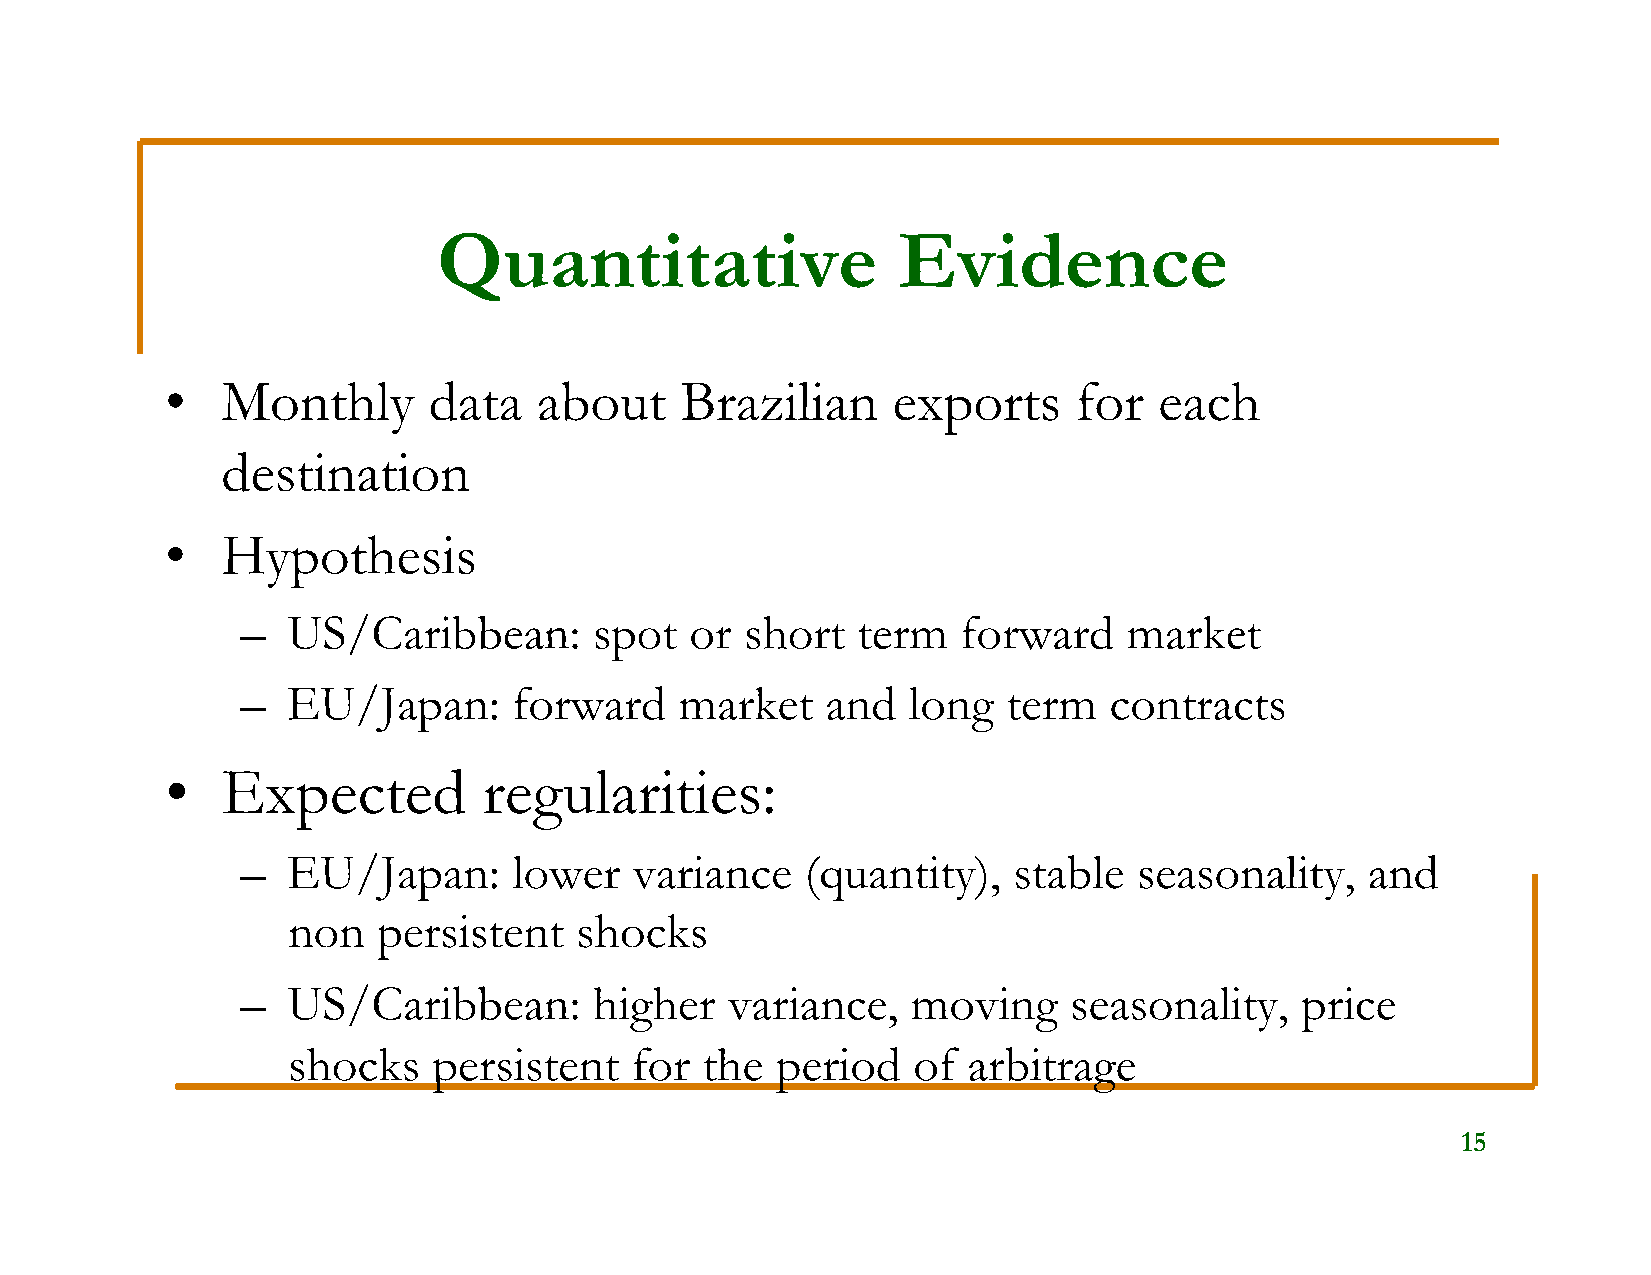
Quantitative                  Evidence
 •   Monthly      data    about    Brazilian     exports     for   each
 destination
 •   Hypothesis
 –  US/Caribbean:       spot   or short   term   forward    market
 –  EU/Japan:      forward    market    and  long   term  contracts
 •   Expected         regularities:
 –  EU/Japan:      lower   variance   (quantity),   stable  seasonality,    and
 non   persistent   shocks
 –  US/Caribbean:       higher   variance,   moving     seasonality,   price
 shocks    persistent   for the  period   of  arbitrage
 15